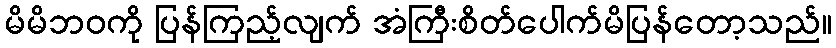
မိမိဘဝကို ပြန်ကြည့်လျက် အံကြီးစိတ်ပေါက်မိပြန်တော့သည်။